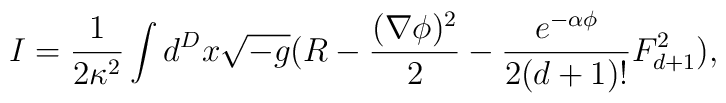
I=\frac{1}{2\kappa ^{2}}\int d^{D}x\sqrt{-g} (R-\frac{(\nabla \phi)^2}{2} -\frac{e^{-\alpha \phi}}{2(d+1)!}F^{2}_{d+1}),